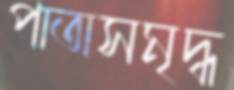
পাতাসমৃদ্ধ